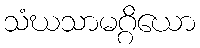
သံဃသာမဂ္ဂိယော